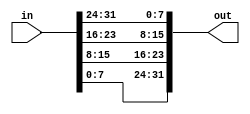
// This program was cloned from: https://github.com/viduraakalanka/HDL-Bits-Solutions
// License: The Unlicense

//byte reversing
//This operation is often used when the endianness of a piece of data needs to be swapped, 
//for example between little-endian x86 systems and the big-endian formats used in many Internet protocols.
`default_nettype none

module top_module( 
    input [31:0] in,
    output [31:0] out );//

    assign out[7:0] = in[31:24];
    assign out[15:8] = in[23:16];
    assign out[23:16] = in[15:8];
    assign out[31:24] = in[7:0];
endmodule